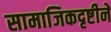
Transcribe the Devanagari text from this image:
सामाजिकदृष्टीने